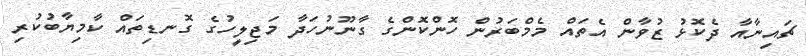
ޗައިނާއާ ދެކޮޅު ޒުވާން އެތައް މެމްބަރުން ހޮންކޮންގެ ގާނޫނުހަދާ މަޖިލީހުގެ ގޮނޑިތައް ކާމިޔާބުކުރި